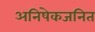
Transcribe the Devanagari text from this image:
अनिषेकजनित